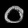
Digit: ၀